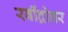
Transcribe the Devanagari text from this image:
रवींद्रोत्तर